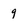
Character: 9